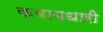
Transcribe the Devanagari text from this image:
कषायधारी